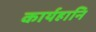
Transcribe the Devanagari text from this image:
कार्यहानि